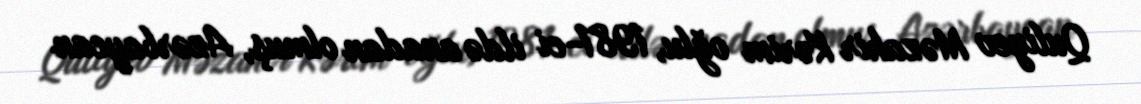
Quliyev Məzahir Kərim oğlu, 1981-ci ildə anadan olmuş, Azərbaycan